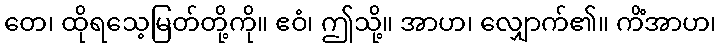
တေ၊ ထိုရသေ့မြတ်တို့ကို။ ဧဝံ၊ ဤသို့။ အာဟ၊ လျှောက်၏။ ကိံအာဟ၊